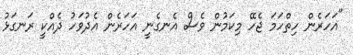
"އަހަރެން ހިތްހަމަ ޖެހޭ މިކަމުން ވެސް އެނގެނީ އަހަރެން އެދުވަހު ދެއްކީ ރަނގަޅު